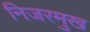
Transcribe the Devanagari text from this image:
निजरमुख